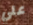
علي